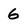
Character: 6